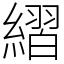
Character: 䌌